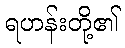
ရဟန်းတို့၏